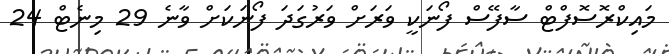
މައިކްރޮސޮފްޓް ސާފޭސް ފޯނަކީ ވަރަށް ވަރުގަދަ ފޯނަކަށް ވާނެ 29 މިނެޓް 24